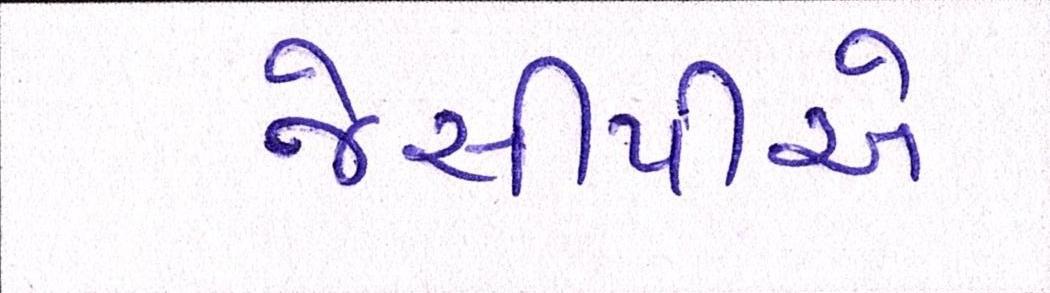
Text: જેસીપીએ